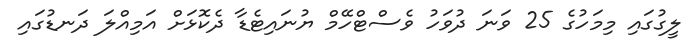
ލީގުގައި މިމަހުގެ 25 ވަނަ ދުވަހު ވެސްޓްހޭމް ޔުނައިޓެޑާ ދެކޮޅަށް އަމިއްލަ ދަނޑުގައި